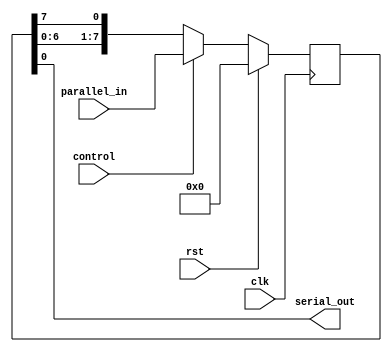
module parallel_in_serial_out_register (
    input wire clk,
    input wire rst,
    input wire control,
    input wire [7:0] parallel_in,
    output reg serial_out
);

reg [7:0] register;

always @(posedge clk) begin
    if (rst) begin
        register <= 8'b0;
    end else begin
        if (control) begin
            register <= parallel_in;
        end else begin
            register <= {register[6:0], register[7]};
        end
    end
end

assign serial_out = register[0];

endmodule